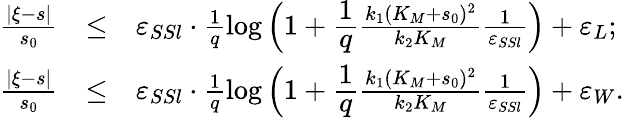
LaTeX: \begin{array}{rcl}{\frac{|\xi-s|}{s_{0}}}&{\leq}&{\varepsilon_{SSl}\cdot\frac{1}{q}\log\left(1+\cfrac{1}{q}\frac{k_{1}(K_{M}+s_{0})^{2}}{k_{2}K_{M}}\frac{1}{\varepsilon_{SSl}}\right)+\varepsilon_{L};}\\ {\frac{|\xi-s|}{s_{0}}}&{\leq}&{\varepsilon_{SSl}\cdot\frac{1}{q}\log\left(1+\cfrac{1}{q}\frac{k_{1}(K_{M}+s_{0})^{2}}{k_{2}K_{M}}\frac{1}{\varepsilon_{SSl}}\right)+\varepsilon_{W}.}\end{array}